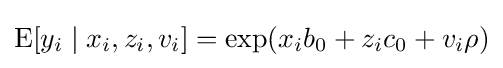
\operatorname {E} [y_{i}\mid x_{i},z_{i},v_{i}]=\exp(x_{i}b_{0}+z_{i}c_{0}+v_{i}\rho )